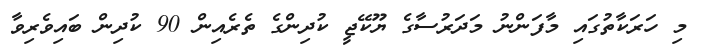
މި ހަރަކާތުގައި މާފަންނު މަދަރުސާގެ ޔޫކޭޖީ ކުދިންގެ ތެރެއިން 90 ކުދިން ބައިވެރިވާ